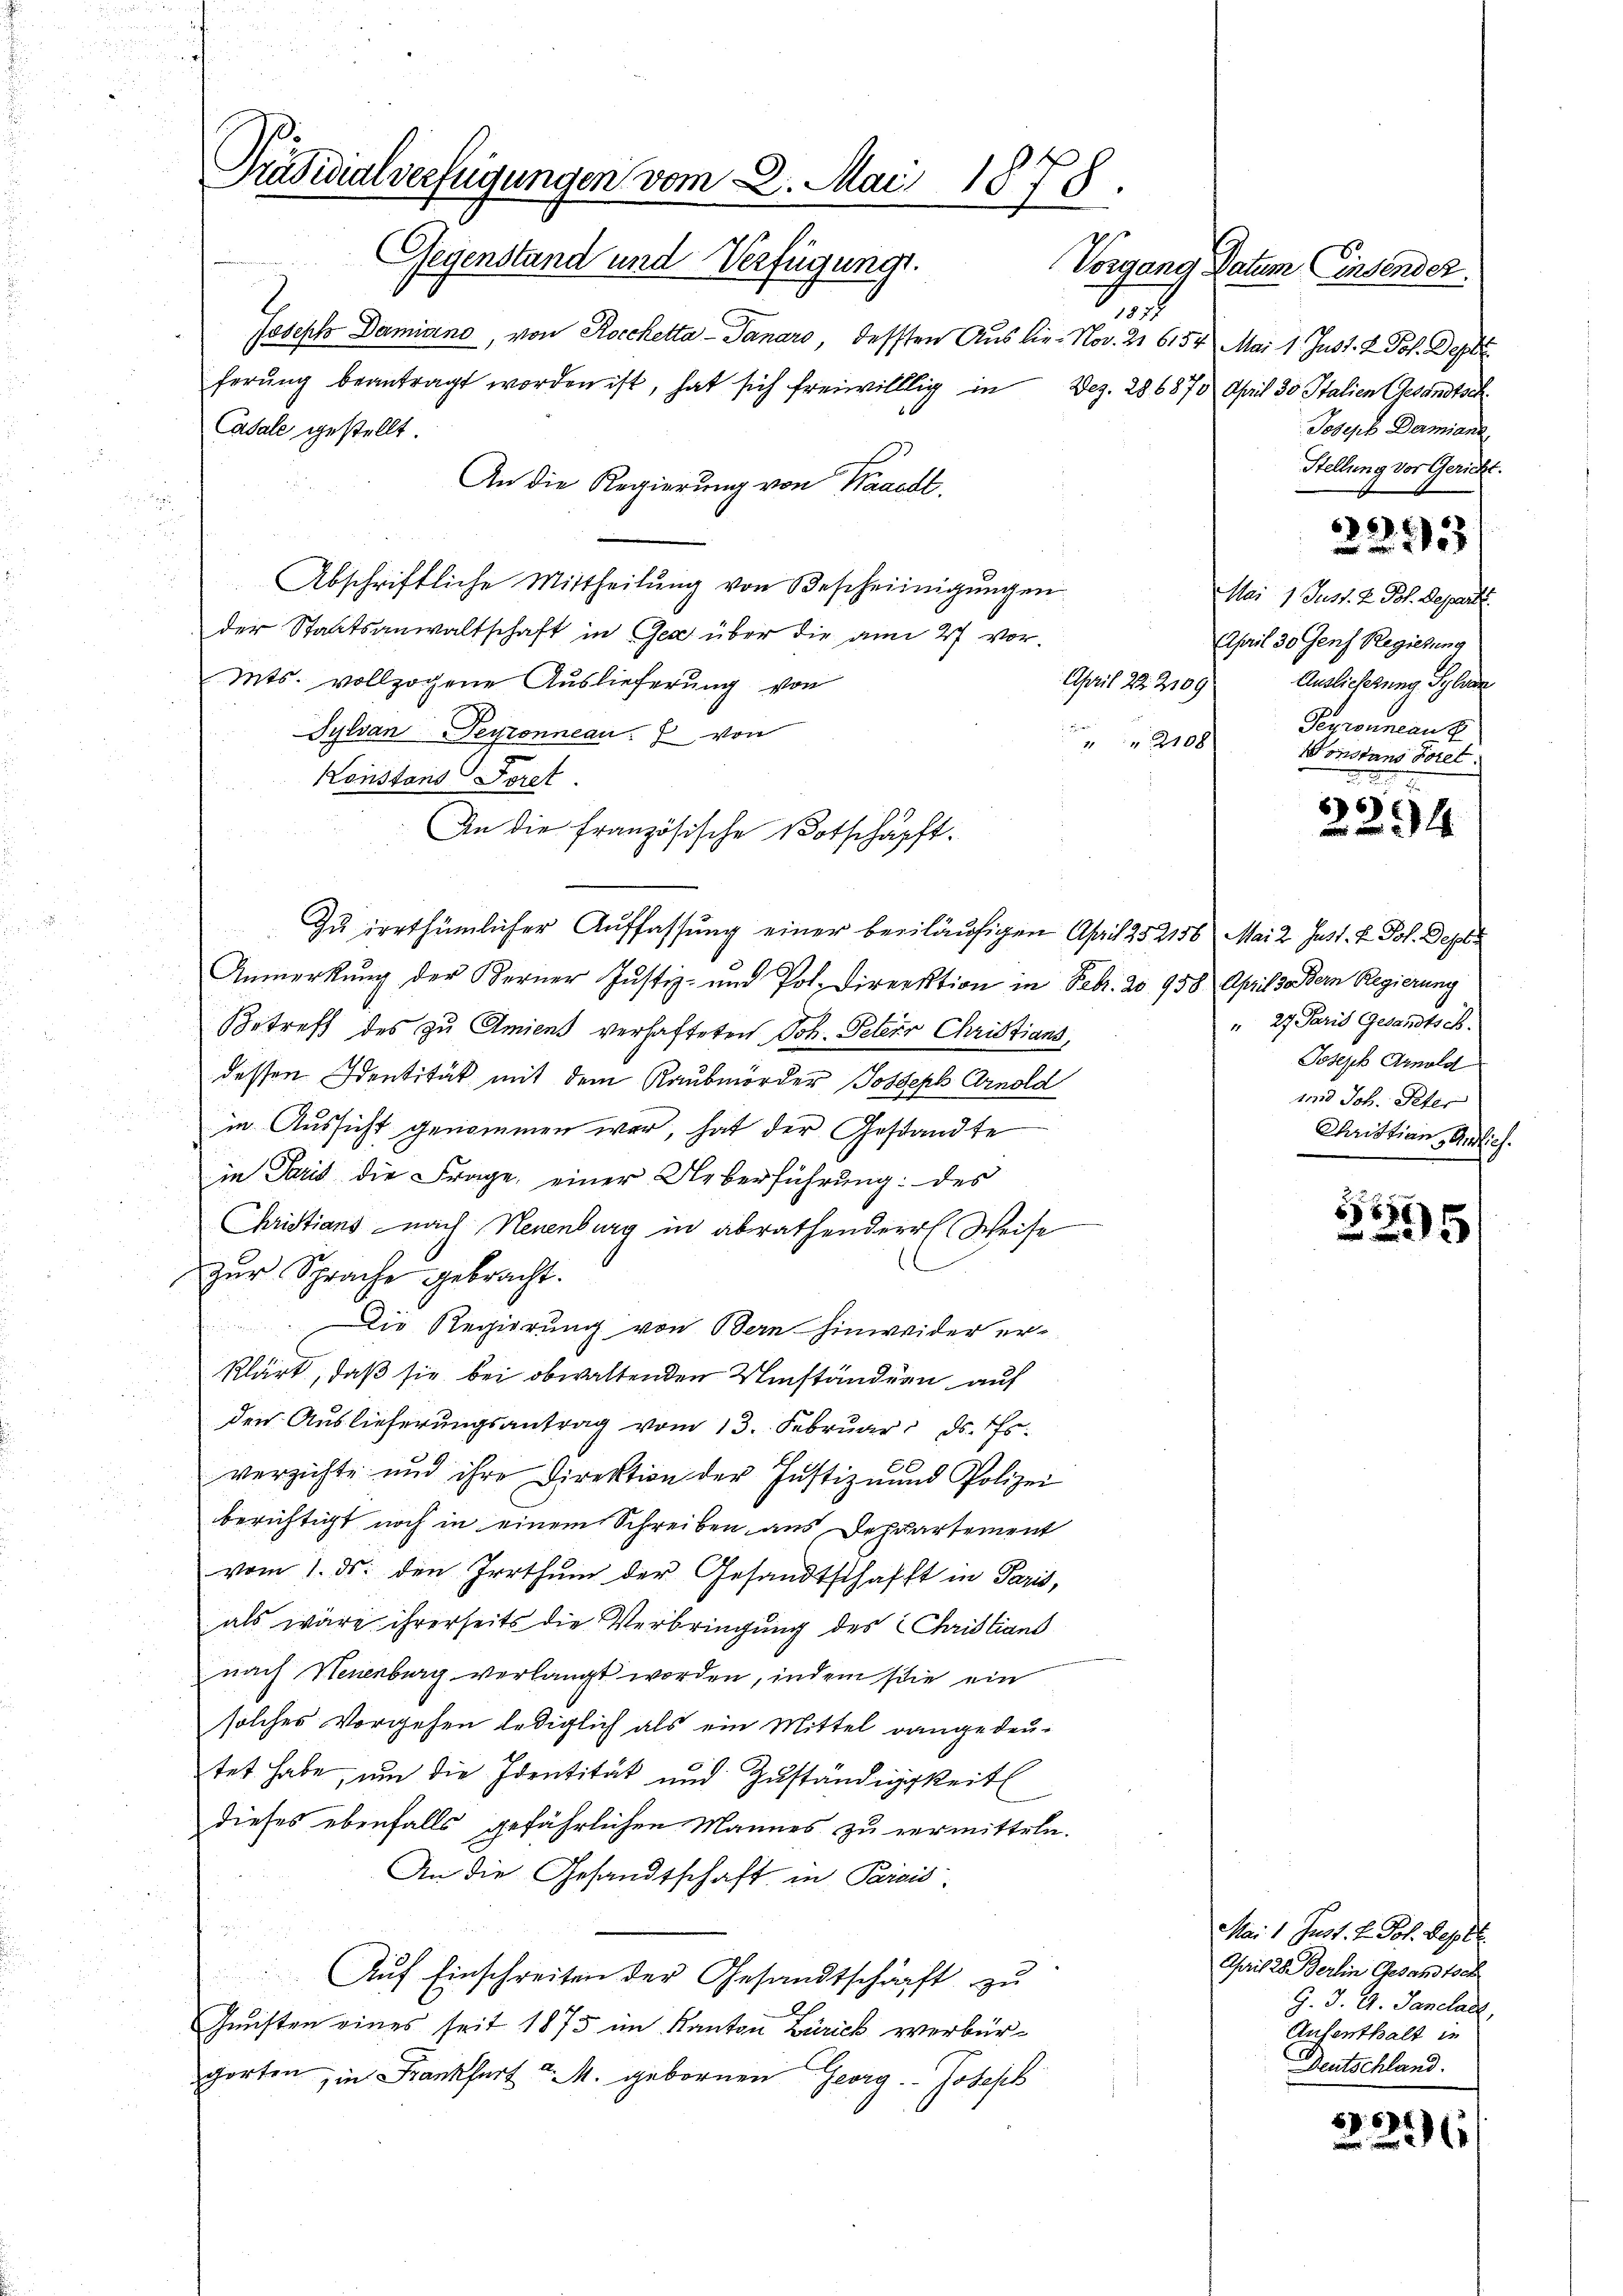
Präsidialverfügungen vom 28. Mai 1878.
Gegenstand und Verfügung.
Vorgang Datum Einsender.

a
Joseph Damiano, von Rocchetta - Sanaro, dessten Auslie-Nov. 21 6154 Mai 1. Just. 2. Joh. Dep
ferung beantragt worden ist, hat sich freiwilllig in
Casale gestellt.
An die Regierung von Waadt.
Abschriftliche Mittheilŭng von Bescheinigŭngen
der Staatsanwaltschaft in Gea über die am 27 vor¬
Mts. vollzogene Auslieferung von
April 22. 3109

Sylvan Teyronneau.  von
2108
Konstans Foret.

Zŭ irrthümlicher Auffassung einer beeiläufigen April 252156 Mai 2. Just. V. Joh. Depes
Anmerkung der Ferner Justiz- und Pol. Direktion in Febr. 20 958 April so Bern Regierung
Betreff des zu Amiens verhafteten Joh. Peter Christians,
dessen Identität mit dem Raubmörder Joseph Arnold
in Aussicht genommen war, hat der Gestandte
in Paris die Frage, einer Ueberführung: des
Christians nach Neuenburg in abrathender Weise
zur Sprache gebracht.

Die Regierung von Bern hinweider erklärt, daß sie bei obwaltenden Umständern auf
den Auslieferungsantrag vom 13. Februar d. Js.
verzichte und ihre Direktion der Justiz und Polizei
berichtigt noch in einem Schreiben aus Departement
vom 1. ds. den Irrthum der Gesandtschafft in Paris,
als wäre ihrerseits die Verbringung des Christians
nach Neuenburg verlangt worden, indem sie ein
solches Vorgehen lediglich als ein Mittel rangedeu-
tet habe, um die Identität und Zuständigkeit
dieses ebenfalls gefährlichen Mannes zu vermitteln.
An die Gesandtschaft in Pareis
Aŭf Einschreiten der Gesandtschrift zu
Gunsten eines seit 1875 im Kanton Zürich verbürgorten, in Frankfurt a M. gebornen Georg.- Joseph

An die französische Botschöpft.

Weg. 286875 April 30 Italien Gesandtsch
Joseph Dermant
Stellung vor Gericht.

2253
n

Mai 1 Just. 2. Joh. Depart.
April 30 Genf Regierung
Auslieferung Sylian
Teyronne aus
Wonstans Forel
2

66)
x
  2

" 27. Paris Gesandtsch.
Joseph Arnold
imd Joh. Peter
Christian Antlich.

x
5

Mai 1 Just. H. Joh. Sept.
April 28. Berlin Gesand 100f
G. J. A. Janclall,
Aufenthalt in
Deutschland.

. 578
2